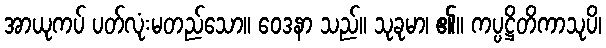
အာယုကပ် ပတ်လုံးမတည်သော။ ဝေဒနာ သည်။ သုခုမာ၊ ၏။ ကပ္ပဋ္ဌိတိကာသုပိ၊